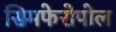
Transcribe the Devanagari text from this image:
सिमफेरोपोल